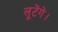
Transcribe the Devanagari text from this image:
लूटेंगे।